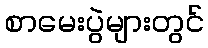
စာမေးပွဲများတွင်